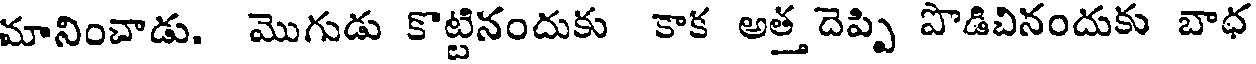
మానించాడు. మొగుడు కొట్టినందుకు కాక అత్త దెప్పి పొడిచినందుకు బాధ